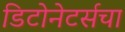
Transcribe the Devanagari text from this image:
डिटोनेटर्सचा